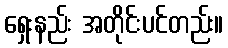
ရှေးနည်း အတိုင်းပင်တည်း။